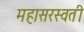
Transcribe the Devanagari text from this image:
महासरस्‍वती